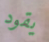
يقود